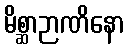
မိစ္ဆာဉာဏိနော